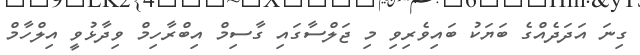
ގިނަ އަދަދެއްގެ ބަޔަކު ބައިވެރިވި މި ޖަލްސާގައި ގާސިމް އިބްރާހިމް ވިދާޅުވީ އިލްހާމް